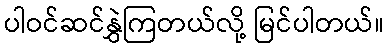
ပါဝင်ဆင်နွှဲကြတယ်လို့ မြင်ပါတယ်။